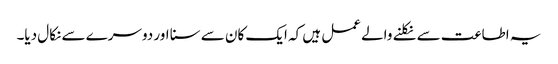
یہ اطاعت سے نکلنے والے عمل ہیں کہ ایک کان سے سنا اور دوسرے سے نکال دیا۔